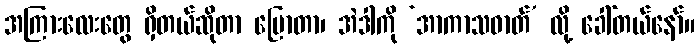
အကြားလေးတွေ ရှိတယ်ဆိုတာ ပြောတာ၊ အဲဒါကို ‘အာကာသဓာတ်’ လို့ ခေါ်တယ်နော်။